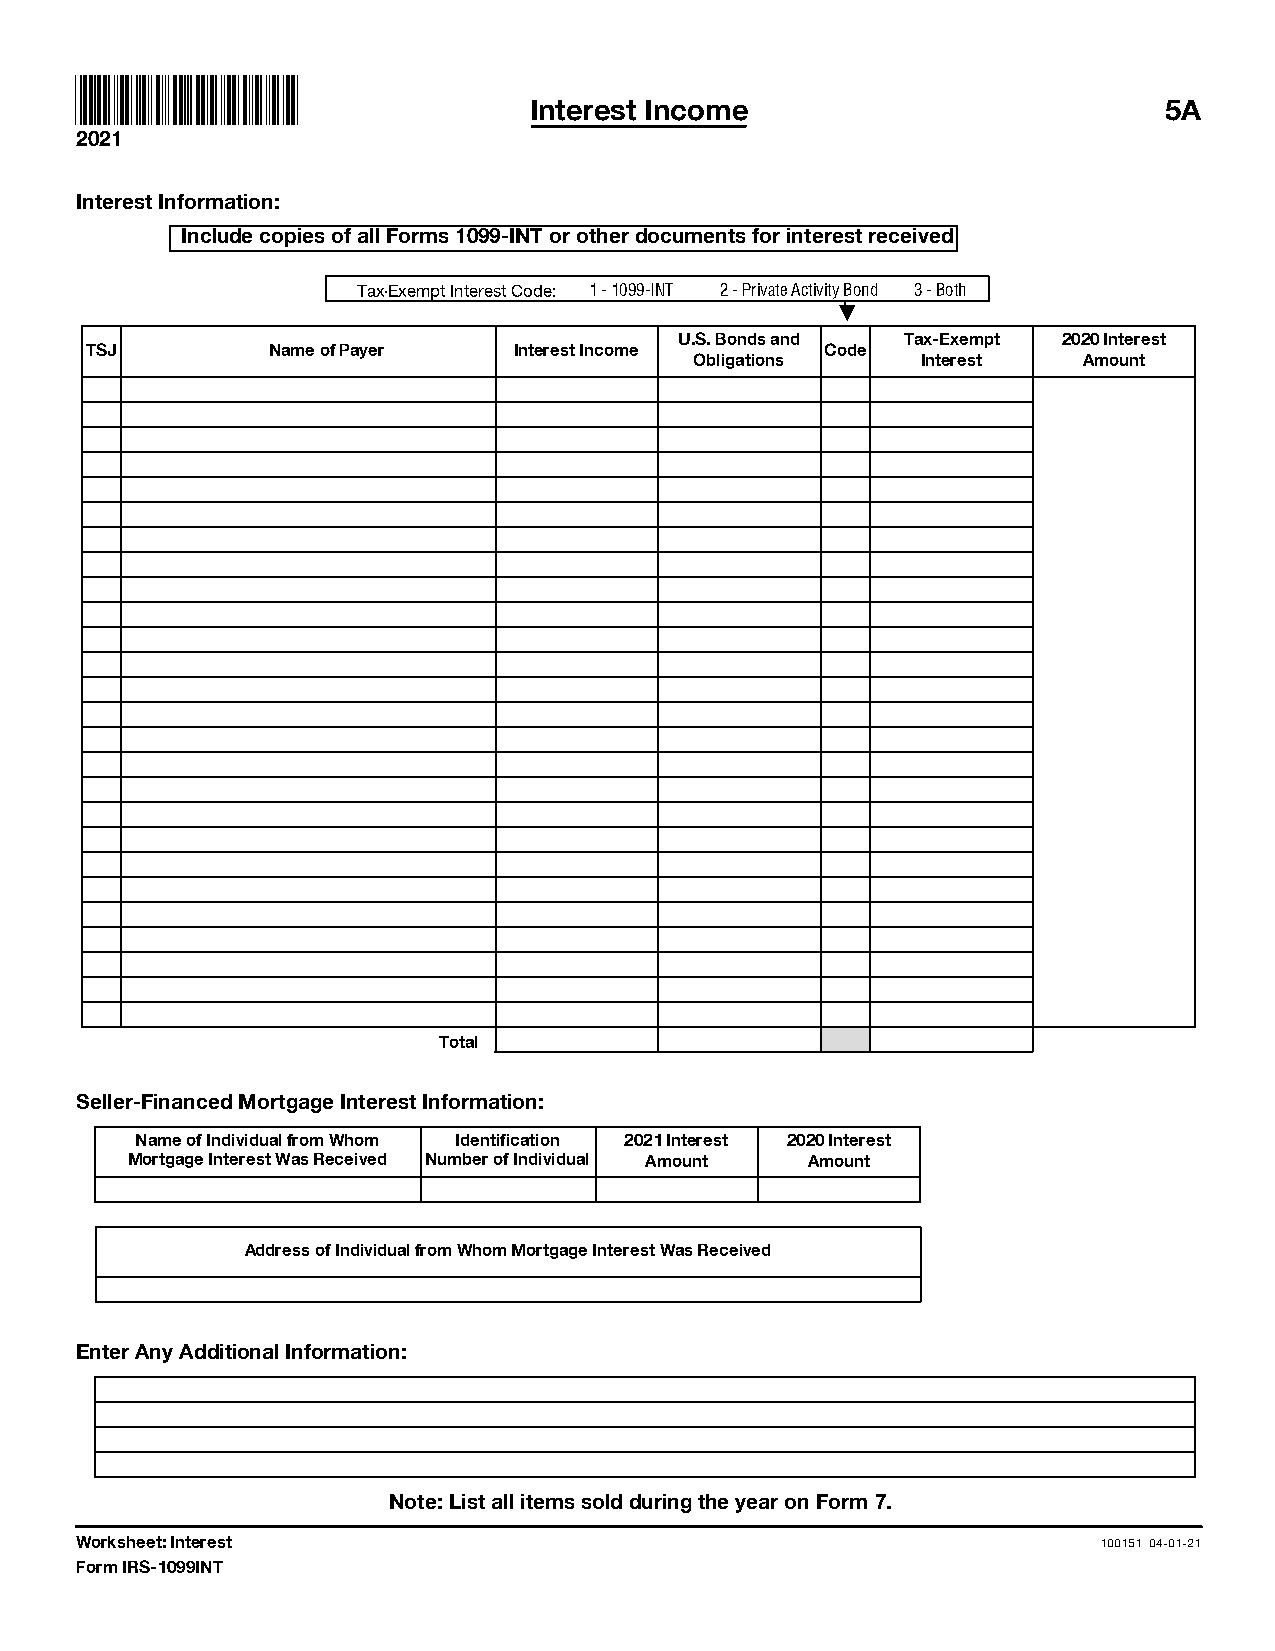
Interest Income                           5A
 2021
 Interest Information:
 Include copies of all Forms 1099-INT or other documents for interest received
 Tax-Exempt Interest Code: 1 - 1099-INT 2 - Private Activity Bond 3 - Both
 L
 U.S. Bonds and Tax-Exempt 2020 Interest
 TSJ         Name of Payer   Interest Income      Code
 Obligations    Interest   Amount
 Total
 Seller-Financed Mortgage Interest Information:
 Name of Individual from Whom Identification 2021 Interest 2020 Interest
 Mortgage Interest Was Received Number of Individual Amount Amount
 Address of Individual from Whom Mortgage Interest Was Received
 Enter Any Additional Information:
 Note: List all items sold during the year on Form 7.
 Worksheet: Interest                                                 100151 04-01-21
 Form IRS-1099INT